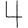
Digit: 4